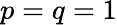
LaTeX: p=q=1